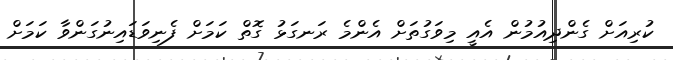
ކުރިއަށް ގެންދިއުމުން އެއީ މިވަގުތަށް އެންމެ ރަނގަޅު ގޮތް ކަމަށް ފެނިވަޑައިނުގަންވާ ކަމަށް